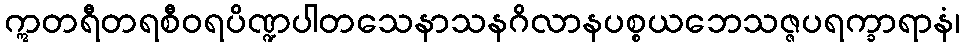
ဣတရီတရစီဝရပိဏ္ဍပါတသေနာသနဂိလာနပစ္စယဘေသဇ္ဇပရက္ခာရာနံ၊